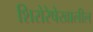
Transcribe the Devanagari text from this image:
शिरोरेषेखालील